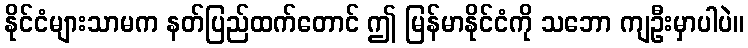
နိုင်ငံများသာမက နတ်ပြည်ထက်တောင် ဤ မြန်မာနိုင်ငံကို သဘော ကျဦးမှာပါပဲ။